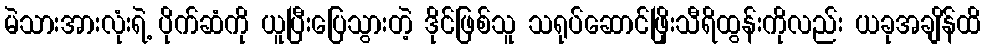
မဲသားအားလုံးရဲ့ ပိုက်ဆံကို ယူပြီးပြေသွားတဲ့ ဒိုင်ဖြစ်သူ သရုပ်ဆောင်ဖြိုးသီရိထွန်းကိုလည်း ယခုအချိန်ထိ